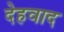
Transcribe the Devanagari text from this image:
देहवाद